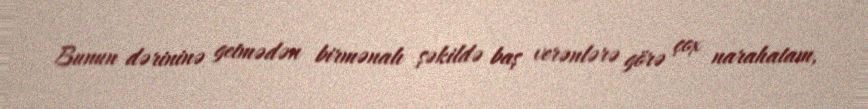
Bunun dərininə getmədən birmənalı şəkildə baş verənlərə görə çox narahatam,